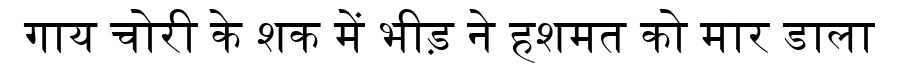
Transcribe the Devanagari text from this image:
गाय चोरी के शक में भीड़ ने हशमत को मार डाला